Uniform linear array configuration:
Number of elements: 48
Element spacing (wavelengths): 1
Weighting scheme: hamming
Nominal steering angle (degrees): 60
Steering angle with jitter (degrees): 59.248
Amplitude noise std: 0.05
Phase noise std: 0.05

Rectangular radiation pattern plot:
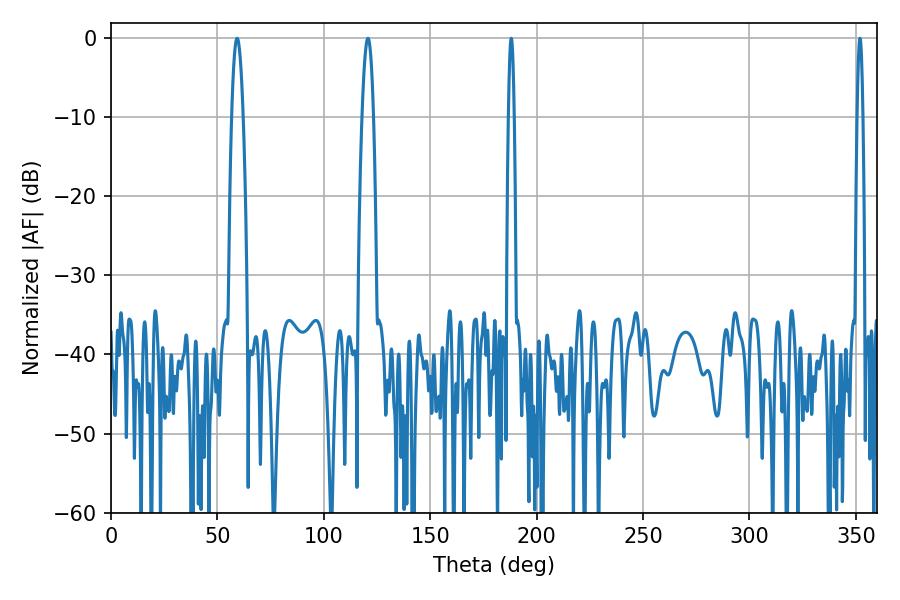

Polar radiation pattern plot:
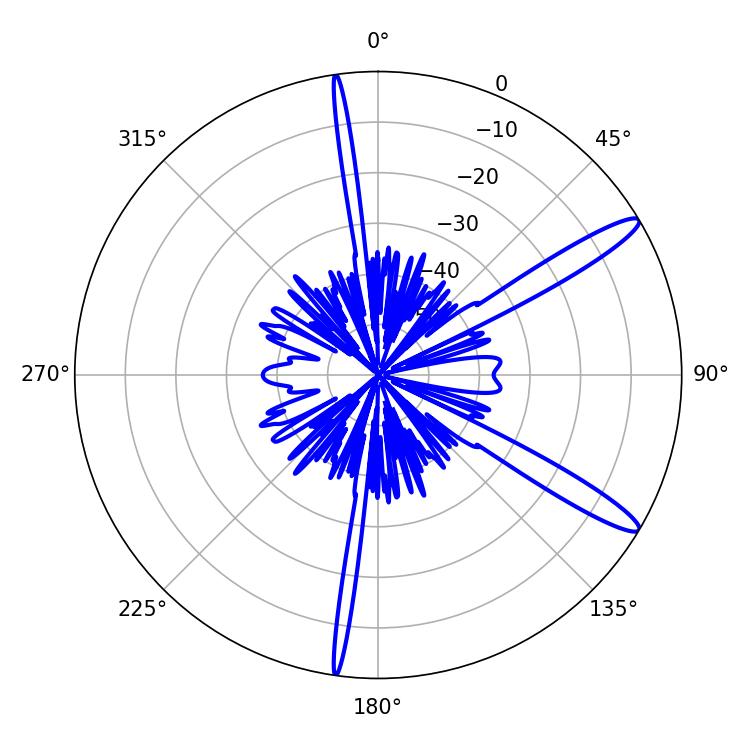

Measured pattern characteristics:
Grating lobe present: TRUE
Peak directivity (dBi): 13.513
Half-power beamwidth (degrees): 3.06
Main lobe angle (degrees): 59.22